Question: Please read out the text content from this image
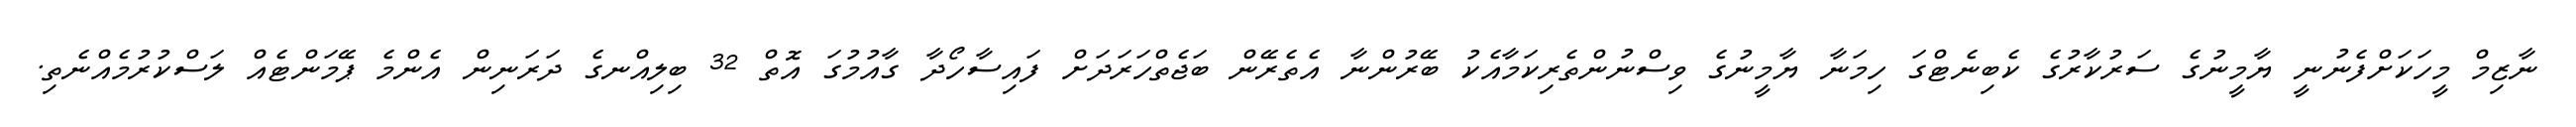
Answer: ނާޒިމް މީހަކަށްފެނުނީ ޔާމީނުގެ ސަރުކާރުގެ ކެބިނެޓްގަ ހިމަނާ ޔާމީނުގެ ވިސްނުންތެރިކަމާއެކު ބޭރުންނާ އެތެރޭން ބަޖެތްހަރަދަށް ފައިސާހޯދާ ގާއުމުގަ އޮތް 32 ބިލިއްނގެ ދަރަނިން އެންމެ ޕޭމަންޓެއް ލަސްކުރުމެއްނެތި.